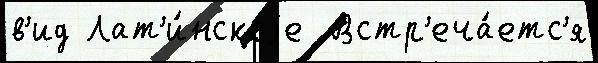
в'ид Лат'и́нскоjе  Встр'еча́етс'я